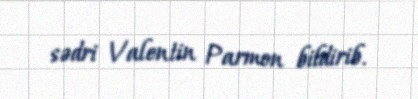
sədri Valentin Parmon bildirib.